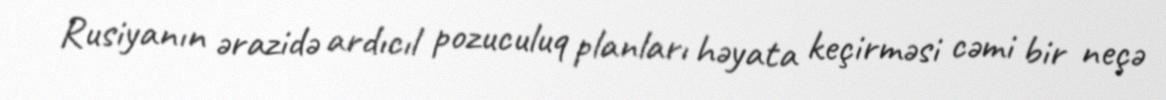
Rusiyanın ərazidə ardıcıl pozuculuq planları həyata keçirməsi cəmi bir neçə